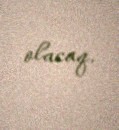
olacaq.